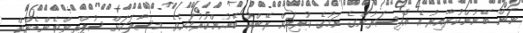
ނަން ބޭނުންކުރާއިރު އެ އޮފިސަރުންގެ ނަމުގެ ކުރިއަށް ރޭންކު ބޭނުންކުރުމަށެވެ. މިސާލަކަށް ސުޕްރިންޓެންޑެންޓް